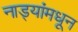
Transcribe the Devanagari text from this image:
नाड्यांमधून